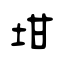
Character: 坩